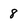
Character: 8